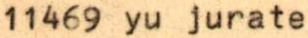
11469 yu jurate